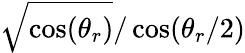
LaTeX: \sqrt{\cos(\theta_{r})}/\cos(\theta_{r}/2)